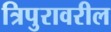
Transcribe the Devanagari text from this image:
त्रिपुरावरील